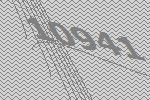
10941